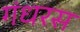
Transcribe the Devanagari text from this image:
गंधरस